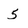
Character: 5